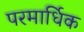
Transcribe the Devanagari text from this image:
परमार्धिक